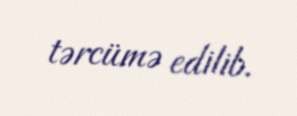
tərcümə edilib.